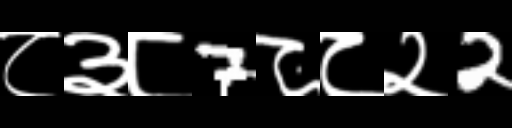
Text: ८३८7८८२2